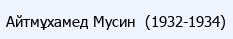
Айтмұхамед Мусин  (1932-1934)